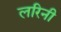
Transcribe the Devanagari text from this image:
लरिनी